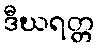
ဒီဃရတ္တ